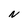
Character: N